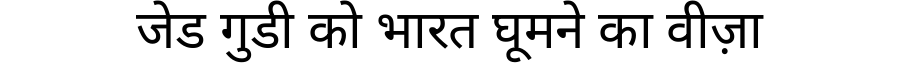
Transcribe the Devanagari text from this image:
जेड गुडी को भारत घूमने का वीज़ा